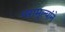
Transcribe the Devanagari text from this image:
परामुल्यांने